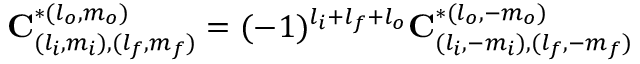
\mathbf { C } _ { ( l _ { i } , m _ { i } ) , ( l _ { f } , m _ { f } ) } ^ { * ( l _ { o } , m _ { o } ) } = ( - 1 ) ^ { l _ { i } + l _ { f } + l _ { o } } \mathbf { C } _ { ( l _ { i } , - m _ { i } ) , ( l _ { f } , - m _ { f } ) } ^ { * ( l _ { o } , - m _ { o } ) }